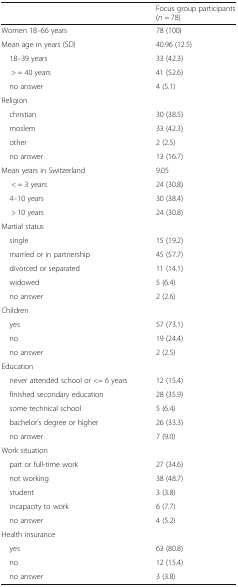
<table><thead><tr><td>[EMPTY_CELL]</td><td><b>Focus group participants (<i>n</i> = 78)</b></td></tr></thead><tbody><tr><td>Women 18–66 years</td><td>78 (100)</td></tr><tr><td>Mean age in years (SD)</td><td>40.96 (12.5)</td></tr><tr><td> 18–39 years</td><td>33 (42.3)</td></tr><tr><td>&gt; = 40 years</td><td>41 (52.6)</td></tr><tr><td> no answer</td><td>4 (5.1)</td></tr><tr><td>Religion</td><td>[EMPTY_CELL]</td></tr><tr><td> christian</td><td>30 (38.5)</td></tr><tr><td> moslem</td><td>33 (42.3)</td></tr><tr><td> other</td><td>2 (2.5)</td></tr><tr><td> no answer</td><td>13 (16.7)</td></tr><tr><td>Mean years in Switzerland</td><td>9.05</td></tr><tr><td>&lt; = 3 years</td><td>24 (30.8)</td></tr><tr><td> 4–10 years</td><td>30 (38.4)</td></tr><tr><td>&gt; 10 years</td><td>24 (30.8)</td></tr><tr><td>Martial status</td><td>[EMPTY_CELL]</td></tr><tr><td> single</td><td>15 (19.2)</td></tr><tr><td> married or in partnership</td><td>45 (57.7)</td></tr><tr><td> divorced or separated</td><td>11 (14.1)</td></tr><tr><td> widowed</td><td>5 (6.4)</td></tr><tr><td> no answer</td><td>2 (2.6)</td></tr><tr><td>Children</td><td>[EMPTY_CELL]</td></tr><tr><td> yes</td><td>57 (73.1)</td></tr><tr><td> no</td><td>19 (24.4)</td></tr><tr><td> no answer</td><td>2 (2.5)</td></tr><tr><td>Education</td><td>[EMPTY_CELL]</td></tr><tr><td> never attended school or &lt;= 6 years</td><td>12 (15.4)</td></tr><tr><td> finished secondary education</td><td>28 (35.9)</td></tr><tr><td> some technical school</td><td>5 (6.4)</td></tr><tr><td> bachelor’s degree or higher</td><td>26 (33.3)</td></tr><tr><td> no answer</td><td>7 (9.0)</td></tr><tr><td>Work situation</td><td>[EMPTY_CELL]</td></tr><tr><td> part or full-time work</td><td>27 (34.6)</td></tr><tr><td> not working</td><td>38 (48.7)</td></tr><tr><td> student</td><td>3 (3.8)</td></tr><tr><td> incapacity to work</td><td>6 (7.7)</td></tr><tr><td> no answer</td><td>4 (5.2)</td></tr><tr><td>Health insurance</td><td>[EMPTY_CELL]</td></tr><tr><td> yes</td><td>63 (80.8)</td></tr><tr><td> no</td><td>12 (15.4)</td></tr><tr><td> no answer</td><td>3 (3.8)</td></tr></tbody></table>